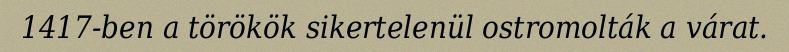
1417-ben a törökök sikertelenül ostromolták a várat.